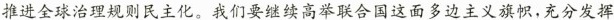
推进全球治理规则民主化。我们要继续高举联合国这面多边主义旗帜，充分发挥